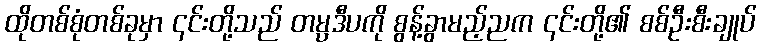
ထိုတစ်စုံတစ်ခုမှာ ၎င်းတို့သည် တမ္ပဒီပကို စွန့်ခွာမည့်ညက ၎င်းတို့၏ စစ်ဦးစီးချုပ်